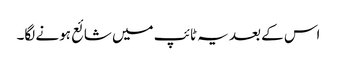
اس کے بعد یہ ٹائپ میں شائع ہونے لگا۔